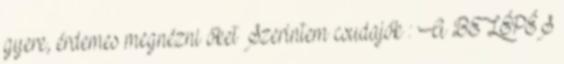
gyere, érdemes megnézni őket Szerintem csudajók : A BELÉPÉS